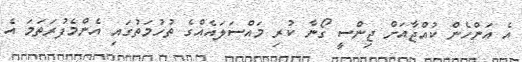
އެ އަންހެން ކުއްޖާއަށް ޖިންސީ ގޯނާ ކުރި މައްސަލައެއްގެ ތުހުމަތުގައި އެންމެފުރަތަމަ އެ